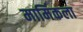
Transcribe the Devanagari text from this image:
मार्मिकला